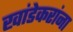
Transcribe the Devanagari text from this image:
खांडेकरांना